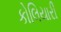
કોલિયારી